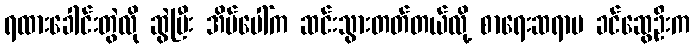
ရထားခေါင်းတွဲလို ဆွဲပြီး အိမ်ပေါ်က ဆင်းသွားတတ်တယ်လို့ စာရေးဆရာမ ခင်ဆွေဦးက